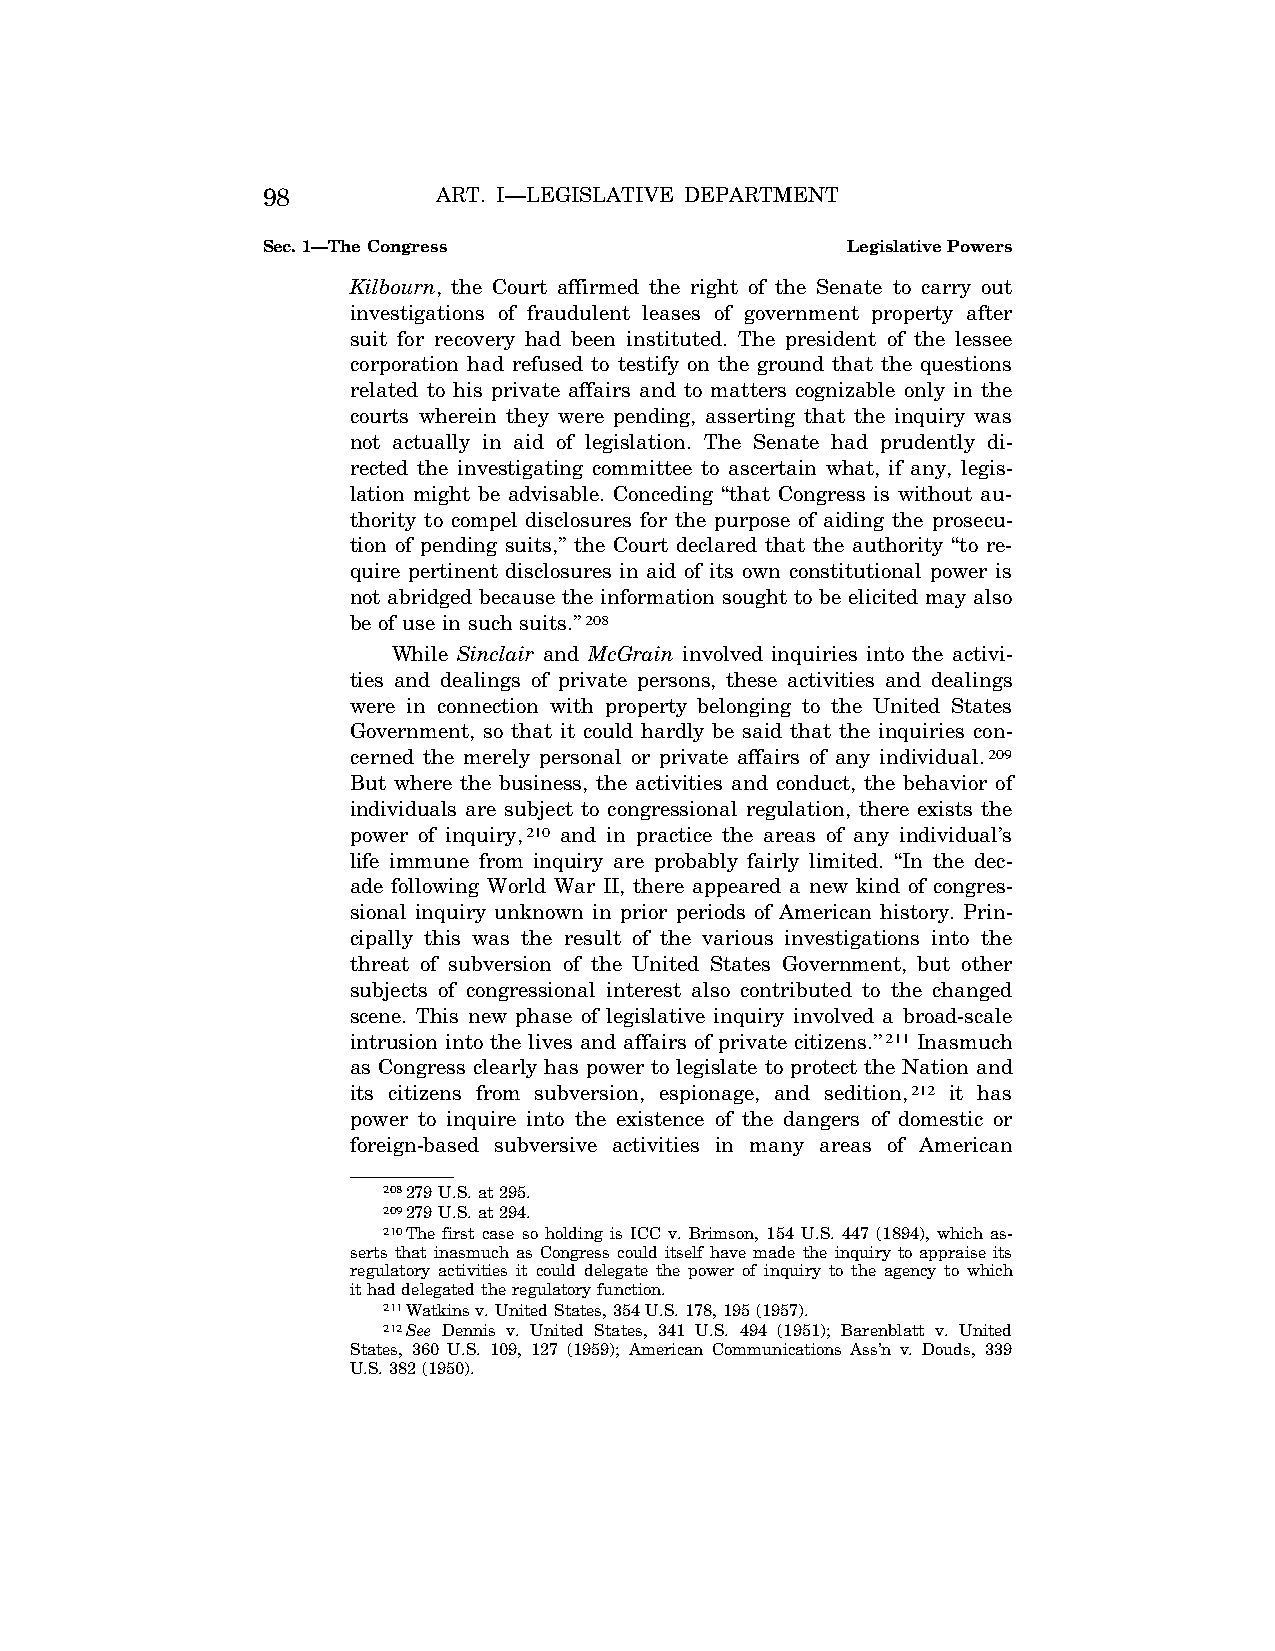
98          ART. I—LEGISLATIVE DEPARTMENT
 Sec. 1—The Congress                    Legislative Powers
 Kilbourn, the Court affirmed the right of the Senate to carry out
 investigations of fraudulent leases of government property after
 suit for recovery had been instituted. The president of the lessee
 corporation had refused to testify on the ground that the questions
 related to his private affairs and to matters cognizable only in the
 courts wherein they were pending, asserting that the inquiry was
 not actually in aid of legislation. The Senate had prudently di-
 rected the investigating committee to ascertain what, if any, legis-
 lation might be advisable. Conceding ‘‘that Congress is without au-
 thority to compel disclosures for the purpose of aiding the prosecu-
 tion of pending suits,’’ the Court declared that the authority ‘‘to re-
 quire pertinent disclosures in aid of its own constitutional power is
 not abridged because the information sought to be elicited may also
 be of use in such suits.’’208
 While Sinclair and McGrain involved inquiries into the activi-
 ties and dealings of private persons, these activities and dealings
 were in connection with property belonging to the United States
 Government, so that it could hardly be said that the inquiries con-
 cerned the merely personal or private affairs of any individual.209
 But where the business, the activities and conduct, the behavior of
 individuals are subject to congressional regulation, there exists the
 power of inquiry,210 and in practice the areas of any individual’s
 life immune from inquiry are probably fairly limited. ‘‘In the dec-
 ade following World War II, there appeared a new kind of congres-
 sional inquiry unknown in prior periods of American history. Prin-
 cipally this was the result of the various investigations into the
 threat of subversion of the United States Government, but other
 subjects of congressional interest also contributed to the changed
 scene. This new phase of legislative inquiry involved a broad-scale
 intrusion into the lives and affairs of private citizens.’’211 Inasmuch
 as Congress clearly has power to legislate to protect the Nation and
 its citizens from subversion, espionage, and sedition,212 it has
 power to inquire into the existence of the dangers of domestic or
 foreign-based subversive activities in many areas of American
 208279 U.S. at 295.
 209279 U.S. at 294.
 210The first case so holding is ICC v. Brimson, 154 U.S. 447 (1894), which as-
 serts that inasmuch as Congress could itself have made the inquiry to appraise its
 regulatory activities it could delegate the power of inquiry to the agency to which
 it had delegated the regulatory function.
 211Watkins v. United States, 354 U.S. 178, 195 (1957).
 212See Dennis v. United States, 341 U.S. 494 (1951); Barenblatt v. United
 States, 360 U.S. 109, 127 (1959); American Communications Ass’n v. Douds, 339
 U.S. 382 (1950).
 VerDate Apr<14>2004 12:35 Apr 14, 2004 Jkt 077500 PO 00000 Frm 00036 Fmt 8222 Sfmt 8222 C:\CONAN\CON009.SGM PRFM99 PsN: CON009